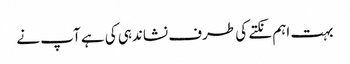
بہت اہم نکتے کی طرف نشاندہی کی ہے آپ نے